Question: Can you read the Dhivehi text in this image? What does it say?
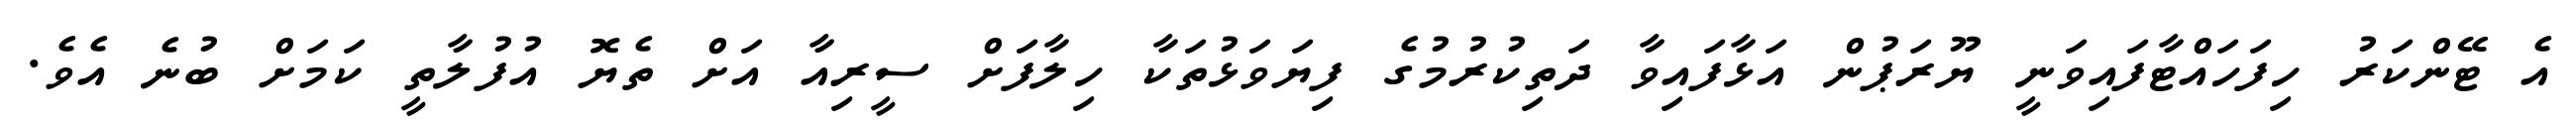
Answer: އެ ޓޭންކަރު ހިފަހައްޓާފައިވަނީ ޔޫރަޕުން އަޅާފައިވާ ދަތިކުރުމުގެ ފިޔަވަޅުތަކާ ހިލާފަށް ސީރިއާ އަށް ތެޔޮ އުފުލާތީ ކަމަށް ބުނެ އެވެ.